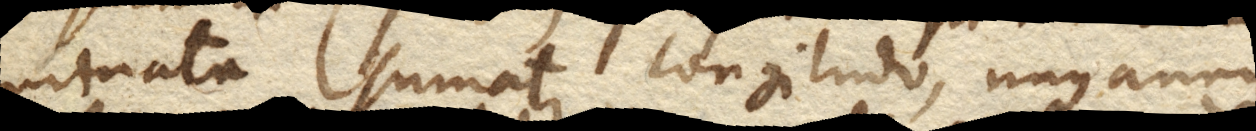
minata sumatur longitudo, unus annus